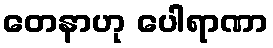
တေနာဟု ပေါရာဏာ